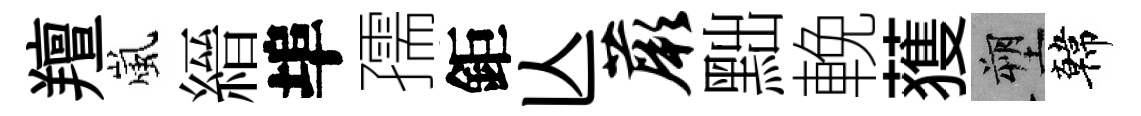
羶嵐縉埠孺鉅亾蕨黜輓𫉬塑韓